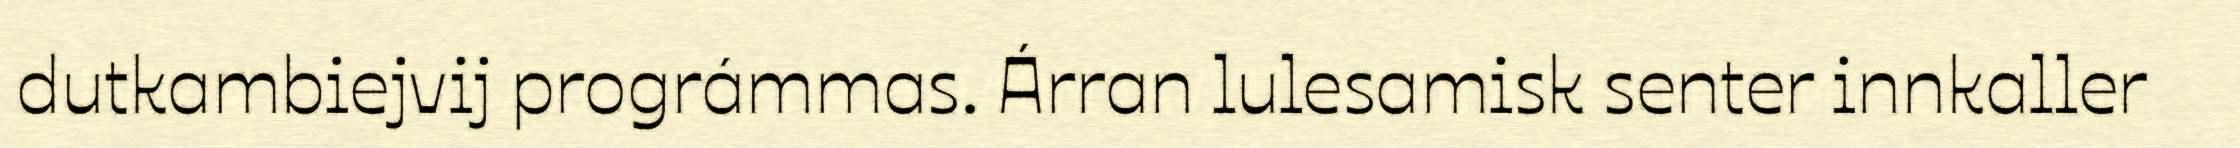
dutkambiejvij prográmmas. Árran lulesamisk senter innkaller